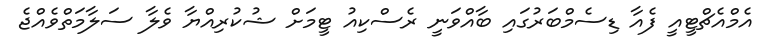
އެމްއެޗްޓީއީ ފެއާ ޑިސެމްބަރުގައި ބާއްވަނީ ރެސްކިއު ޓީމަށް ޝުކުރިއްޔާ ވެލާ ސަލާމަތްވެއްޖެ